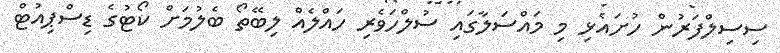
ސިސިލްފަރުން ހުށައެޅި މި މައްސަލާގައި ސުލްހަވެރި ހައްލެއް ލިބޭތޯ ބެލުމަށް ކޯޓުގެ ޑިސްޕިއުޓް